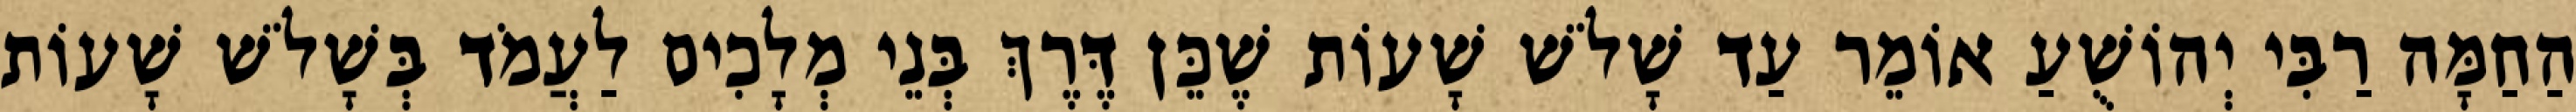
הַחַמָּה רַבִּי יְהוֹשֻׁעַ אוֹמֵר עַד שָׁלֹשׁ שָׁעוֹת שֶׁכֵּן דֶּרֶךְ בְּנֵי מְלָכִים לַעֲמֹד בְּשָׁלֹשׁ שָׁעוֹת